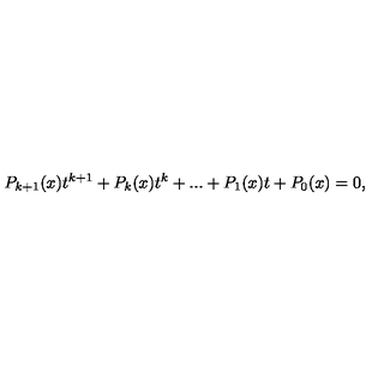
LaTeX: P _ { k + 1 } ( x ) t ^ { k + 1 } + P _ { k } ( x ) t ^ { k } + . . . + P _ { 1 } ( x ) t + P _ { 0 } ( x ) = 0 ,